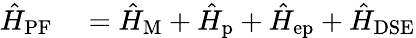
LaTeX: \begin{array}{rl}{\hat{H}_{\mathrm{PF}}}&{{}=\hat{H}_{\mathrm{M}}+\hat{H}_{\mathrm{p}}+\hat{H}_{\mathrm{ep}}+\hat{H}_{\mathrm{DSE}}}\end{array}